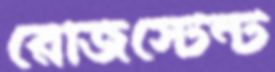
রেজিস্টেন্ট